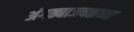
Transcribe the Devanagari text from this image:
अंगठ्याजवळच्या